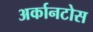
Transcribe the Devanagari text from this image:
अर्कानटोस